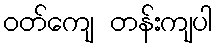
ဝတ်ကျေ တန်းကျပါ